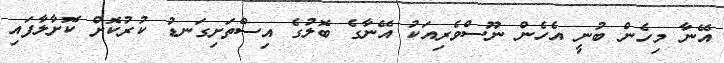
އޭނާ މިހެން ބުނީ އެހެން ނޫސްވެރިއަކު އޭނާގެ ބޮލުގެ އިސްތަށިގަނޑު ކުރުކޮށް ކޮށާލާފައި